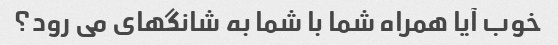
خوب آیا همراه شما با شما به شانگهای می رود؟